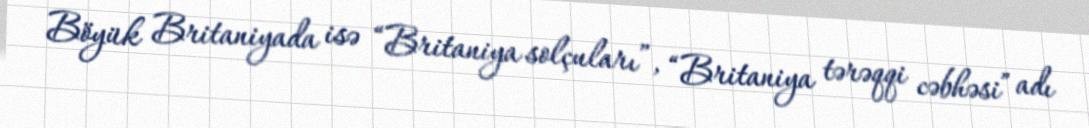
Böyük Britaniyada isə “Britaniya solçuları”, “Britaniya tərəqqi cəbhəsi” adı